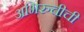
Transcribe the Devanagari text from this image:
अभिरुचीची